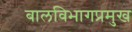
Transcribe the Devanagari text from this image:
बालविभागप्रमुख